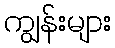
ကျွန်းများ